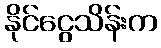
နိုင်ငွေသိန်းက